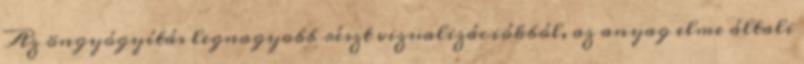
Az öngyógyítás legnagyobb részt vizualizációkból, az anyag elme általi